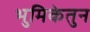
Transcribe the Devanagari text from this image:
भुमिकेतुन